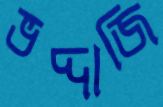
ভদ্দাজি